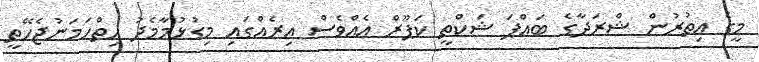
މީގެ އިތުރުން ޝްރަދާގެ ބައްޕަ ޝަކްތީ ކަޕޫރް އެއްވެސް އިރެއްގައި މިގުޅުމާމެދު ހިތްހަމަނުޖެހޭތީ